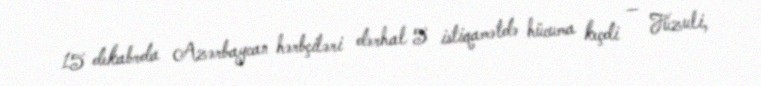
15 dekabrda Azərbaycan hərbçiləri dərhal 5 istiqamətdə hücuma keçdi — Füzuli,